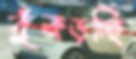
কুঁকড়চ্ছি